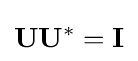
\mathbf {U} \mathbf {U} ^{*}=\mathbf {I}